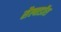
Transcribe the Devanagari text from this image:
सैल्वाडॉरा